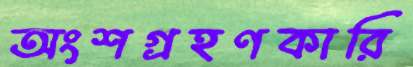
অংশগ্রহণকারি